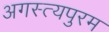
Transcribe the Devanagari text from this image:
अगस्त्यपुरम